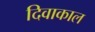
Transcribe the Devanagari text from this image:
दिवाकाल